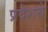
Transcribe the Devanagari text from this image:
प्रदेशसे